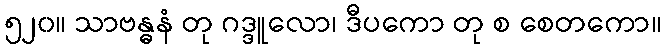
၅၂၀။ သာဗန္ဓနံ တု ဂဒ္ဒူလော၊ ဒီပကော တု စ စေတကော။